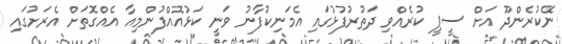
ނޭކުރެންދޫ އަށް ސީޕީ ކުރެއްވި ދަތުރުފުޅުގައި އެމަނިކުފާނު ވަނީ ކަޅުއޮއްފުންމިއާ އެއްގޮތަށް އެރަށުގައި